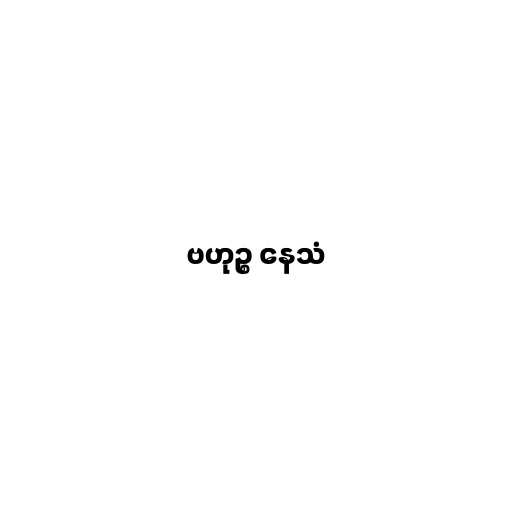
ဗဟုဉ္စ နေသံ